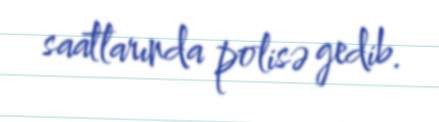
saatlarında polisə gedib.